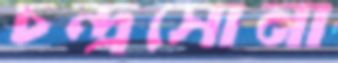
চন্দ্রসোনা